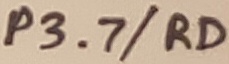
Text: P3.7/RD